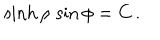
\sinh \rho \, \sin \phi = { C } \, .